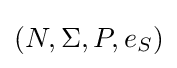
(N,\Sigma ,P,e_{S})